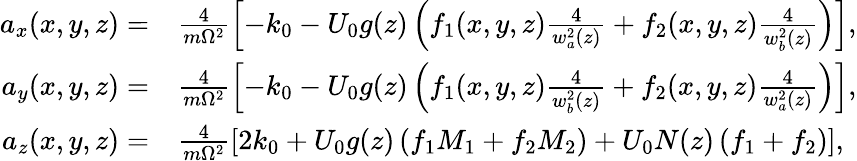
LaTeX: \begin{array}{rl}{a_{x}(x,y,z)=}&{\frac{4}{m\Omega^{2}}\left[-k_{0}-U_{0}g(z)\left(f_{1}(x,y,z)\frac{4}{w_{a}^{2}(z)}+f_{2}(x,y,z)\frac{4}{w_{b}^{2}(z)}\right)\right],}\\ {a_{y}(x,y,z)=}&{\frac{4}{m\Omega^{2}}\left[-k_{0}-U_{0}g(z)\left(f_{1}(x,y,z)\frac{4}{w_{b}^{2}(z)}+f_{2}(x,y,z)\frac{4}{w_{a}^{2}(z)}\right)\right],}\\ {a_{z}(x,y,z)=}&{\frac{4}{m\Omega^{2}}\left[2k_{0}+U_{0}g(z)\left(f_{1}M_{1}+f_{2}M_{2}\right)+U_{0}N(z)\left(f_{1}+f_{2}\right)\right],}\end{array}